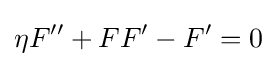
\eta F''+FF'-F'=0